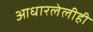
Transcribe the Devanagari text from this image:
आधारलेलीही